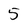
Character: 5